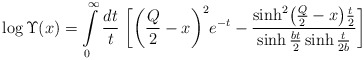
\begin{align*}\log\Upsilon(x)=\int\limits_0^\infty\frac{dt}{t}\;\biggl[\biggl(\frac{Q}{2}-x\biggr)^2e^{-t}-\frac{\sinh^2\bigl(\frac{Q}{2}-x\bigr)\frac{t}{2}}{\sinh\frac{bt}{2}\sinh\frac{t}{2b}}\biggr]\end{align*}